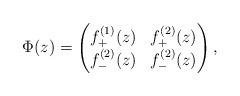
LaTeX: \begin{align*}\Phi(z)=\begin{pmatrix}f^{(1)}_+(z) & f^{(2)}_+(z) \\f^{(2)}_-(z) & f^{(2)}_-(z) \end{pmatrix},\end{align*}